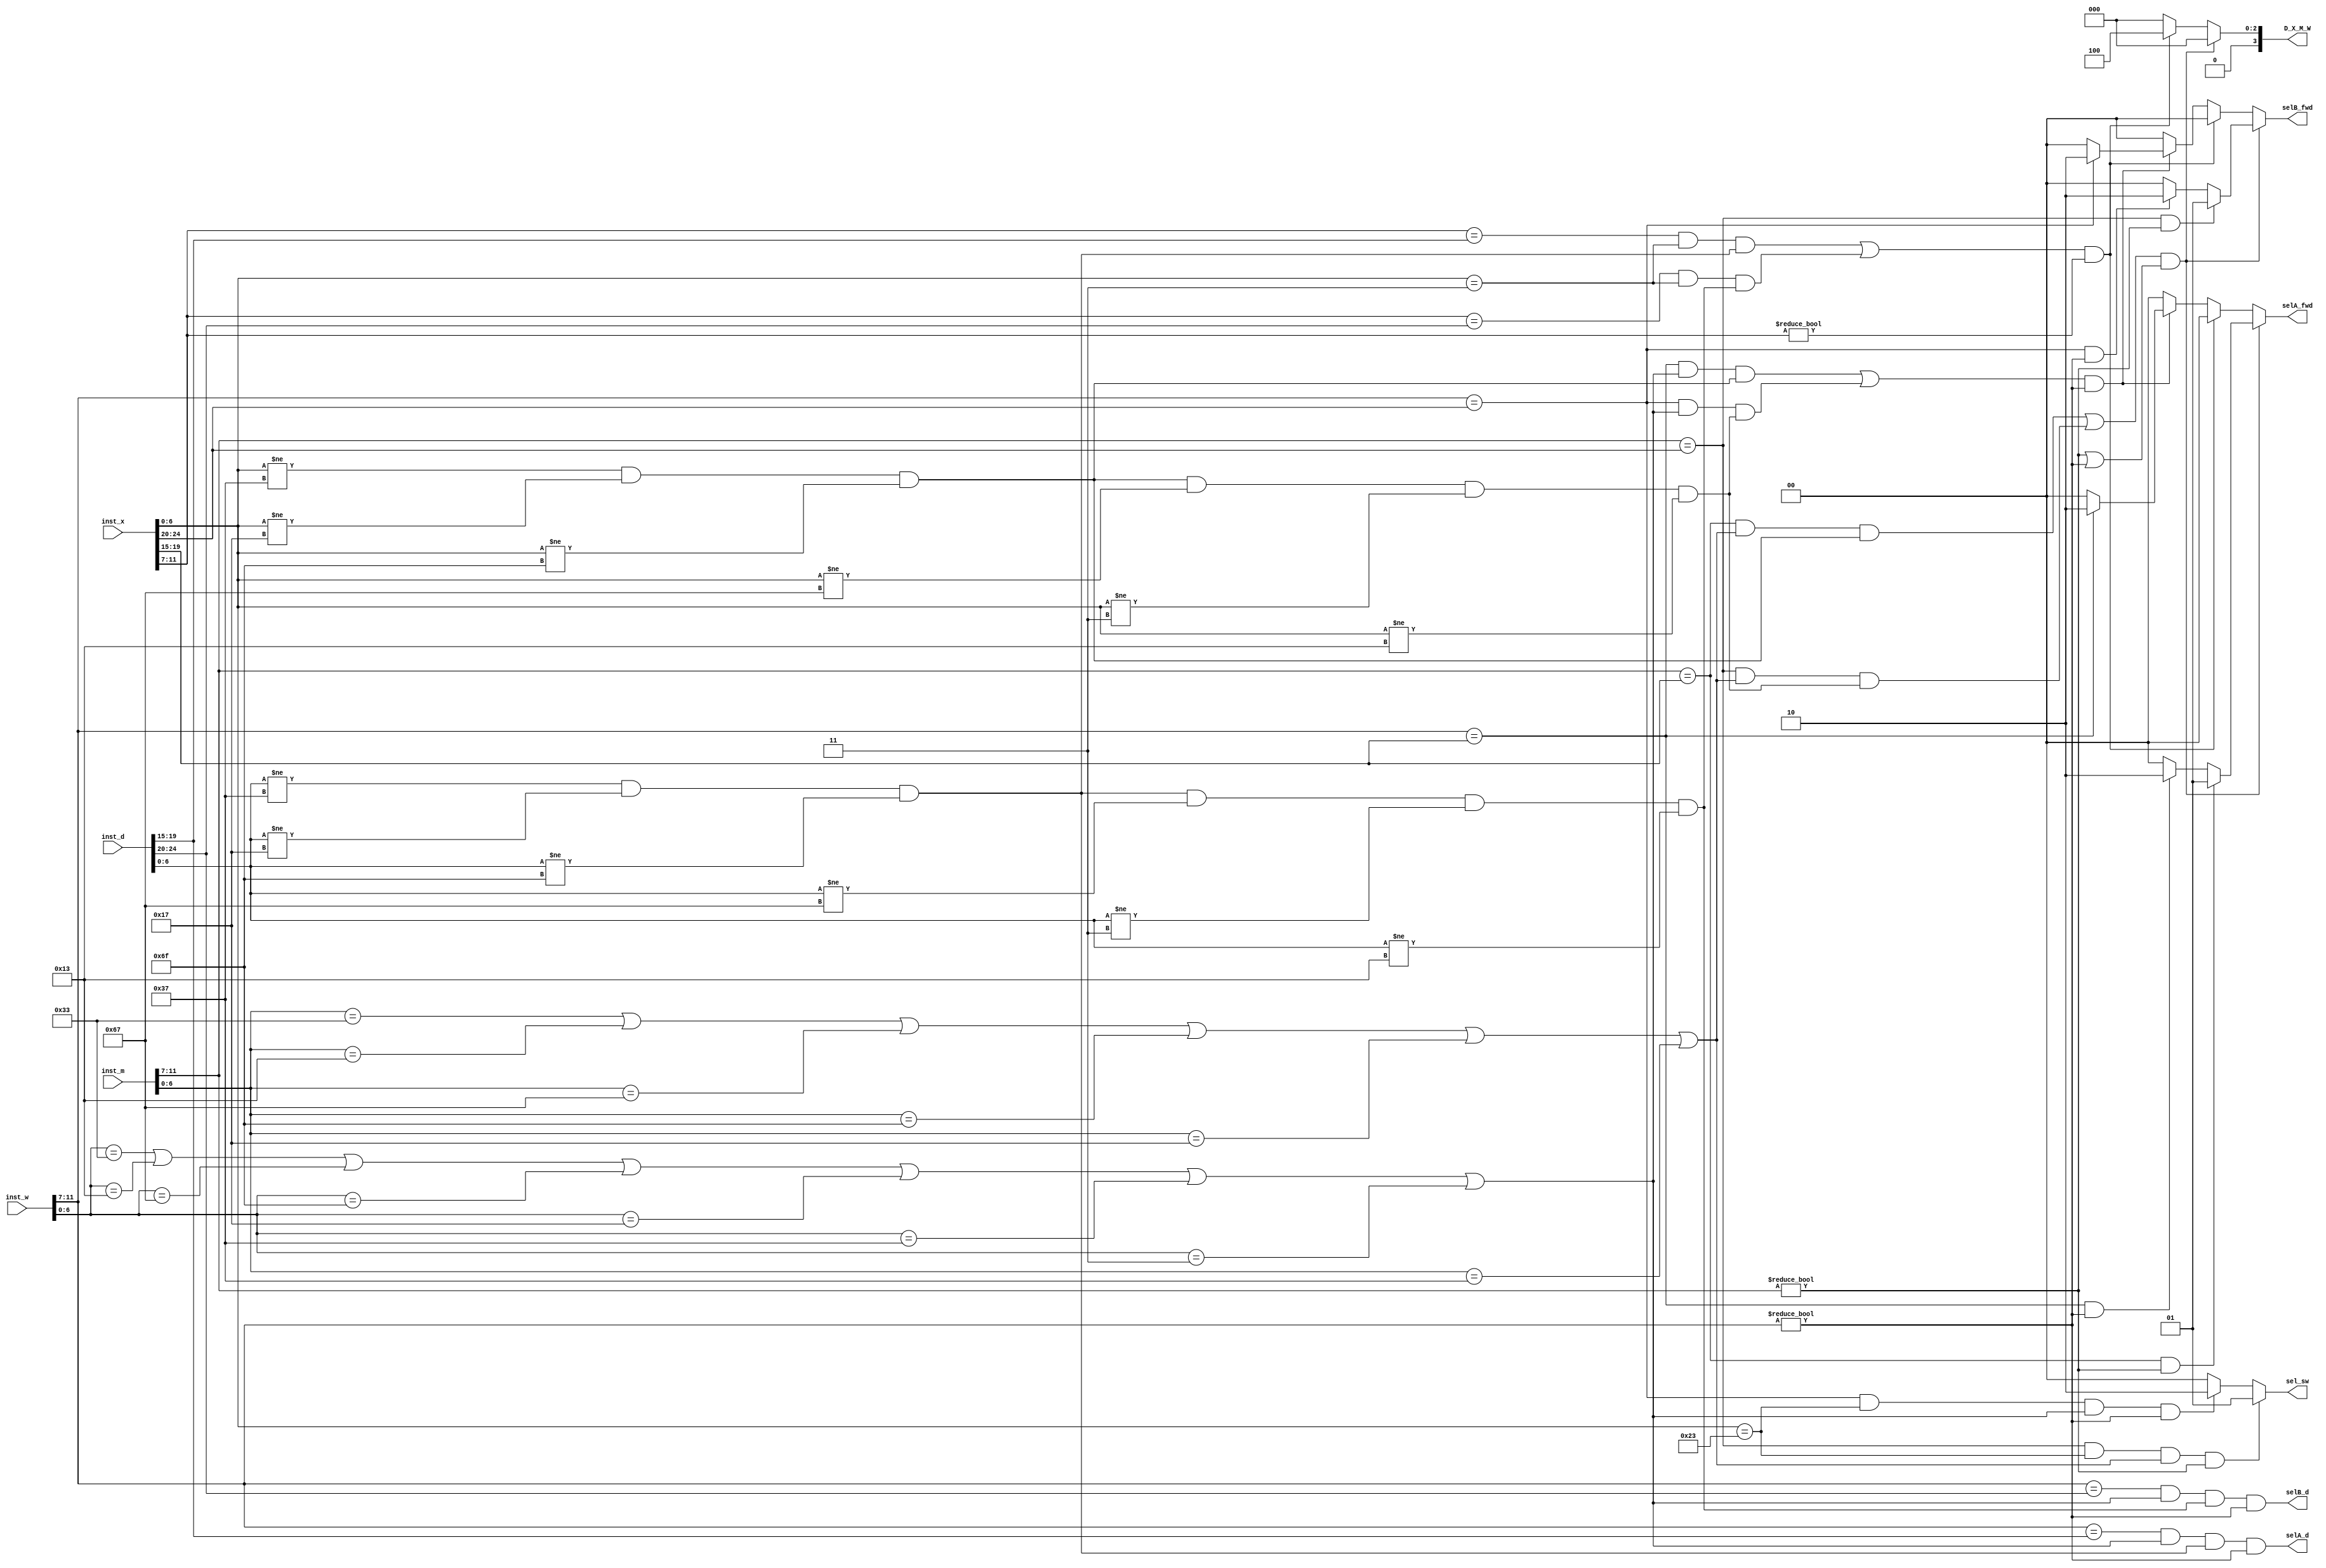
module fwd_clt (
	input [31:0] inst_d,
	input [31:0] inst_x,
	input [31:0] inst_m,
	input [31:0] inst_w,
	//input is_jump,
	
	output reg [1:0] selA_fwd,
	output reg [1:0] selB_fwd,
	
	output selA_d,
	output selB_d,
	
	output reg [1:0] sel_sw,
	
	output reg [3:0] D_X_M_W
);

	wire [4:0] rd_x, rd_m, rd_w, rs1_x, rs2_x, rs1_d, rs2_d;
	
	assign rd_x = inst_x[11:7];
	assign rd_m = inst_m[11:7];
	assign rd_w = inst_w[11:7];
	assign rs1_x = inst_x[19:15];
	assign rs2_x = inst_x[24:20];
	assign rs1_d = inst_d[19:15];
	assign rs2_d = inst_d[24:20];
	
	wire is_rd_m, is_ld_m;
	assign is_rd_m = ((inst_m[6:0] == 7'b0110011) || 			//type R
							(inst_m[6:0] == 7'b0010011) || 		//type I calculate
							(inst_m[6:0] == 7'b1100111) ||		//JALR
							(inst_m[6:0] == 7'b1101111) ||		//JAL
							(inst_m[6:0] == 7'b0010111) ||		//AUIPC
							(inst_m[6:0] == 7'b0110111));		//LUI
	assign is_ld_m = (inst_m[6:0] == 7'b0000011);				//type I Data
	
	wire is_rd_w;
	assign is_rd_w = ((inst_w[6:0] == 7'b0110011) || 			//type R
							(inst_w[6:0] == 7'b0010011) || 		//type I calculate
							(inst_w[6:0] == 7'b1100111) ||		//JALR
							(inst_w[6:0] == 7'b1101111) ||		//JAL
							(inst_w[6:0] == 7'b0010111) ||		//AUIPC
							(inst_w[6:0] == 7'b0110111) ||		//LUI
							(inst_w[6:0] == 7'b0000011));		//type I Data
	
	wire is_rs1_x, is_rs2_x;
	assign is_rs1_x = ((inst_x[6:0] != 7'b0110111) &&			//LUI
							 (inst_x[6:0] != 7'b0010111) &&		//AUIPC
							 (inst_x[6:0] != 7'b1101111));		//JAL
							 
	assign is_rs2_x = ((inst_x[6:0] != 7'b0110111) &&			//LUI
							 (inst_x[6:0] != 7'b0010111) &&		//AUIPC
							 (inst_x[6:0] != 7'b1101111) &&		//JAL
							 (inst_x[6:0] != 7'b1100111) &&		//JALR
							 (inst_x[6:0] != 7'b0000011) &&		//type I Data
							 (inst_x[6:0] != 7'b0010011));		//type I calculate
	
	wire is_ld_x;
	assign is_ld_x = (inst_x[6:0] == 7'b0000011);				//type I Data
	
	wire is_rs1_d, is_rs2_d;
	assign is_rs1_d = ((inst_d[6:0] != 7'b0110111) &&			//LUI
							 (inst_d[6:0] != 7'b0010111) &&		//AUIPC
							 (inst_d[6:0] != 7'b1101111));		//JAL
							
	assign is_rs2_d = ((inst_d[6:0] != 7'b0110111) &&			//type R
							 (inst_d[6:0] != 7'b0010111) &&		//AUIPC
							 (inst_d[6:0] != 7'b1101111) &&		//JAL
							 (inst_d[6:0] != 7'b1100111) &&		//JALR
							 (inst_d[6:0] != 7'b0000011) &&		//type T Data
							 (inst_d[6:0] != 7'b0010011));		//type I calculate

	always @(*) begin
		if 	  (((rd_m == rs1_x && is_rd_m && is_rs1_x) || (rd_m == rs2_x && is_rd_m && is_rs2_x)) && (rd_m != 5'd0 || rd_w != 5'd0)) begin
			selA_fwd = (rd_m == rs1_x && rd_m != 5'd0) ? 2'd1 : (rd_w == rs1_x && rd_w != 5'd0) ? 2'd2 : 2'd0;
			selB_fwd = (rd_m == rs2_x && rd_m != 5'd0) ? 2'd1 : (rd_w == rs2_x && rd_w != 5'd0) ? 2'd2 : 2'd0;
			D_X_M_W = 3'b0;
		end
		else if (((rd_x == rs1_d && is_ld_x && is_rs1_d) || (rd_x == rs2_d && is_ld_x && is_rs2_d)) && rd_x != 5'd0) begin 
			D_X_M_W = 4'b100;
			selA_fwd = 2'd0;
			selB_fwd = 2'd0;
		end
		else if (((rd_w == rs1_x && is_rd_w && is_rs1_x) || (rd_w == rs2_x && is_rd_w && is_rs2_x)) && rd_w != 5'd0) begin
			selA_fwd = (rd_w == rs1_x) ? 2'd2 : 2'd0;
			selB_fwd = (rd_w == rs2_x) ? 2'd2 : 2'd0;
			D_X_M_W = 3'b0;
		end
		else begin
			selA_fwd = 2'b0;
			selB_fwd = 2'b0;
			D_X_M_W = 3'b0;
		end
	end
	
	assign selA_d = (rd_w == rs1_d && is_rd_w && is_rs1_d && rd_w != 5'd0);	//>.<
	assign selB_d = (rd_w == rs2_d && is_rd_w && is_rs2_d && rd_w != 5'd0);	//>.<
	
	wire is_sw;
	assign is_sw = (inst_x[6:0] == 7'b0100011);
	always @(*) begin
		if (rd_m == rs2_x && is_sw && is_rd_m && rd_m != 5'd0) sel_sw = 2'd1;
		else if (rd_w == rs2_x && is_sw && is_rd_w && rd_w != 5'd0) sel_sw = 2'd2;
		else sel_sw = 2'd0;
	end
	// always @(*) begin
	// 	D_X_M_W[3] = is_jump;
	// end
endmodule

// khoi nay chi stall tang x
// co the gop de stall cho branch
// brach stall tang d => dieu khien rieng